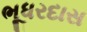
ભૂધરદાસ